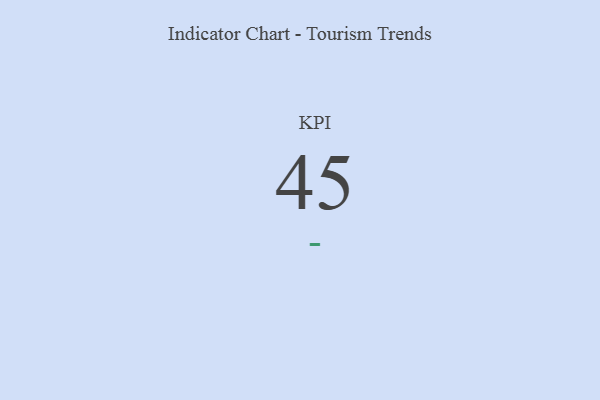
{"axis": {"x": "KPI", "y": "Value"}, "legend": [""], "data": [{"x": "KPI", "y": 45, "type": ""}]}